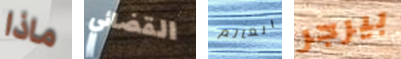
ماذا القضائي العالم بيرجر